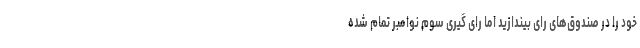
خود را در صندوق‌های رای بیندازید اما رای گیری سوم نوامبر تمام شده